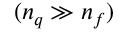
( n _ { q } \gg n _ { f } )